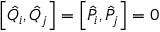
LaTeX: \left[ \hat { Q } _ { i } , \hat { Q } _ { j } \right] = \left[ \hat { P } _ { i } , \hat { P } _ { j } \right] = 0